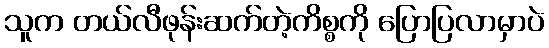
သူက တယ်လီဖုန်းဆက်တဲ့ကိစ္စကို ပြောပြလာမှာပဲ